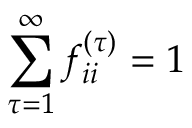
\sum _ { \tau = 1 } ^ { \infty } f _ { i i } ^ { ( \tau ) } = 1